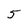
Character: 5